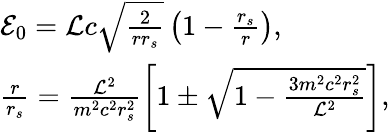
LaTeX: \begin{array}{l}{{\cal{E}}_{0}={\cal{L}}c\sqrt\frac{2}{rr_{s}}\left(1-\frac{r_{s}}{r}\right),}\\ {\frac{r}{r_{s}}=\frac{{\cal{L}}^{2}}{m^{2}c^{2}r_{s}^{2}}\left[1\pm\sqrt{1-\frac{3m^{2}c^{2}r_{s}^{2}}{{\cal{L}}^{2}}}\right],}\end{array}